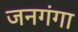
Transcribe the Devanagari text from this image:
जनगंगा